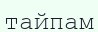
тайпам